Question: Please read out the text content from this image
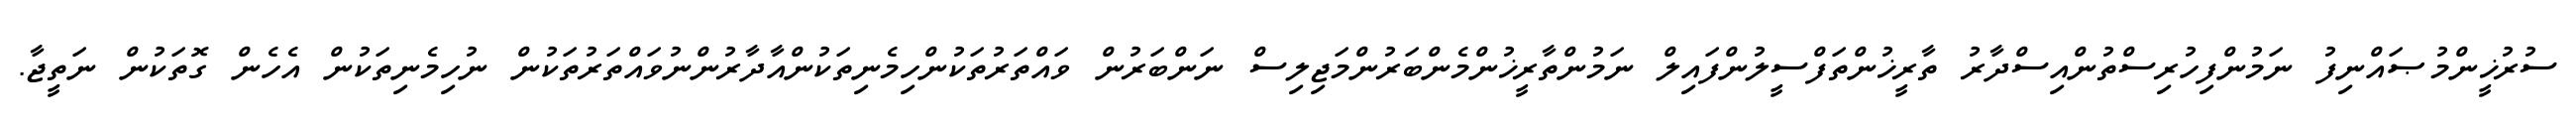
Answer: ސުރުޚީންމުޞައްނިފު ނަމުންފިހުރިސްތުންއިސްދާރު ތާރީޚުންތަފްސީލުންފައިލް ނަމުންތާރީޚުންމެންބަރުންމަޖިލިސް ނަންބަރުން ވައްތަރުތަކުންހިމެނިތަކުންއާދާރުންނުވައްތަރުތަކުން ނުހިމެނިތަކުން އެހެން ގޮތަކުން ނަތީޖާ.